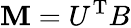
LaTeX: \mathbf{M}=U^{\mathrm{{T}}}B